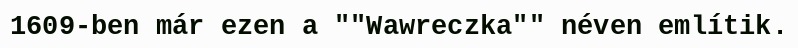
1609-ben már ezen a ""Wawreczka"" néven említik.